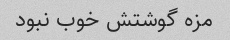
مزه گوشتش خوب نبود